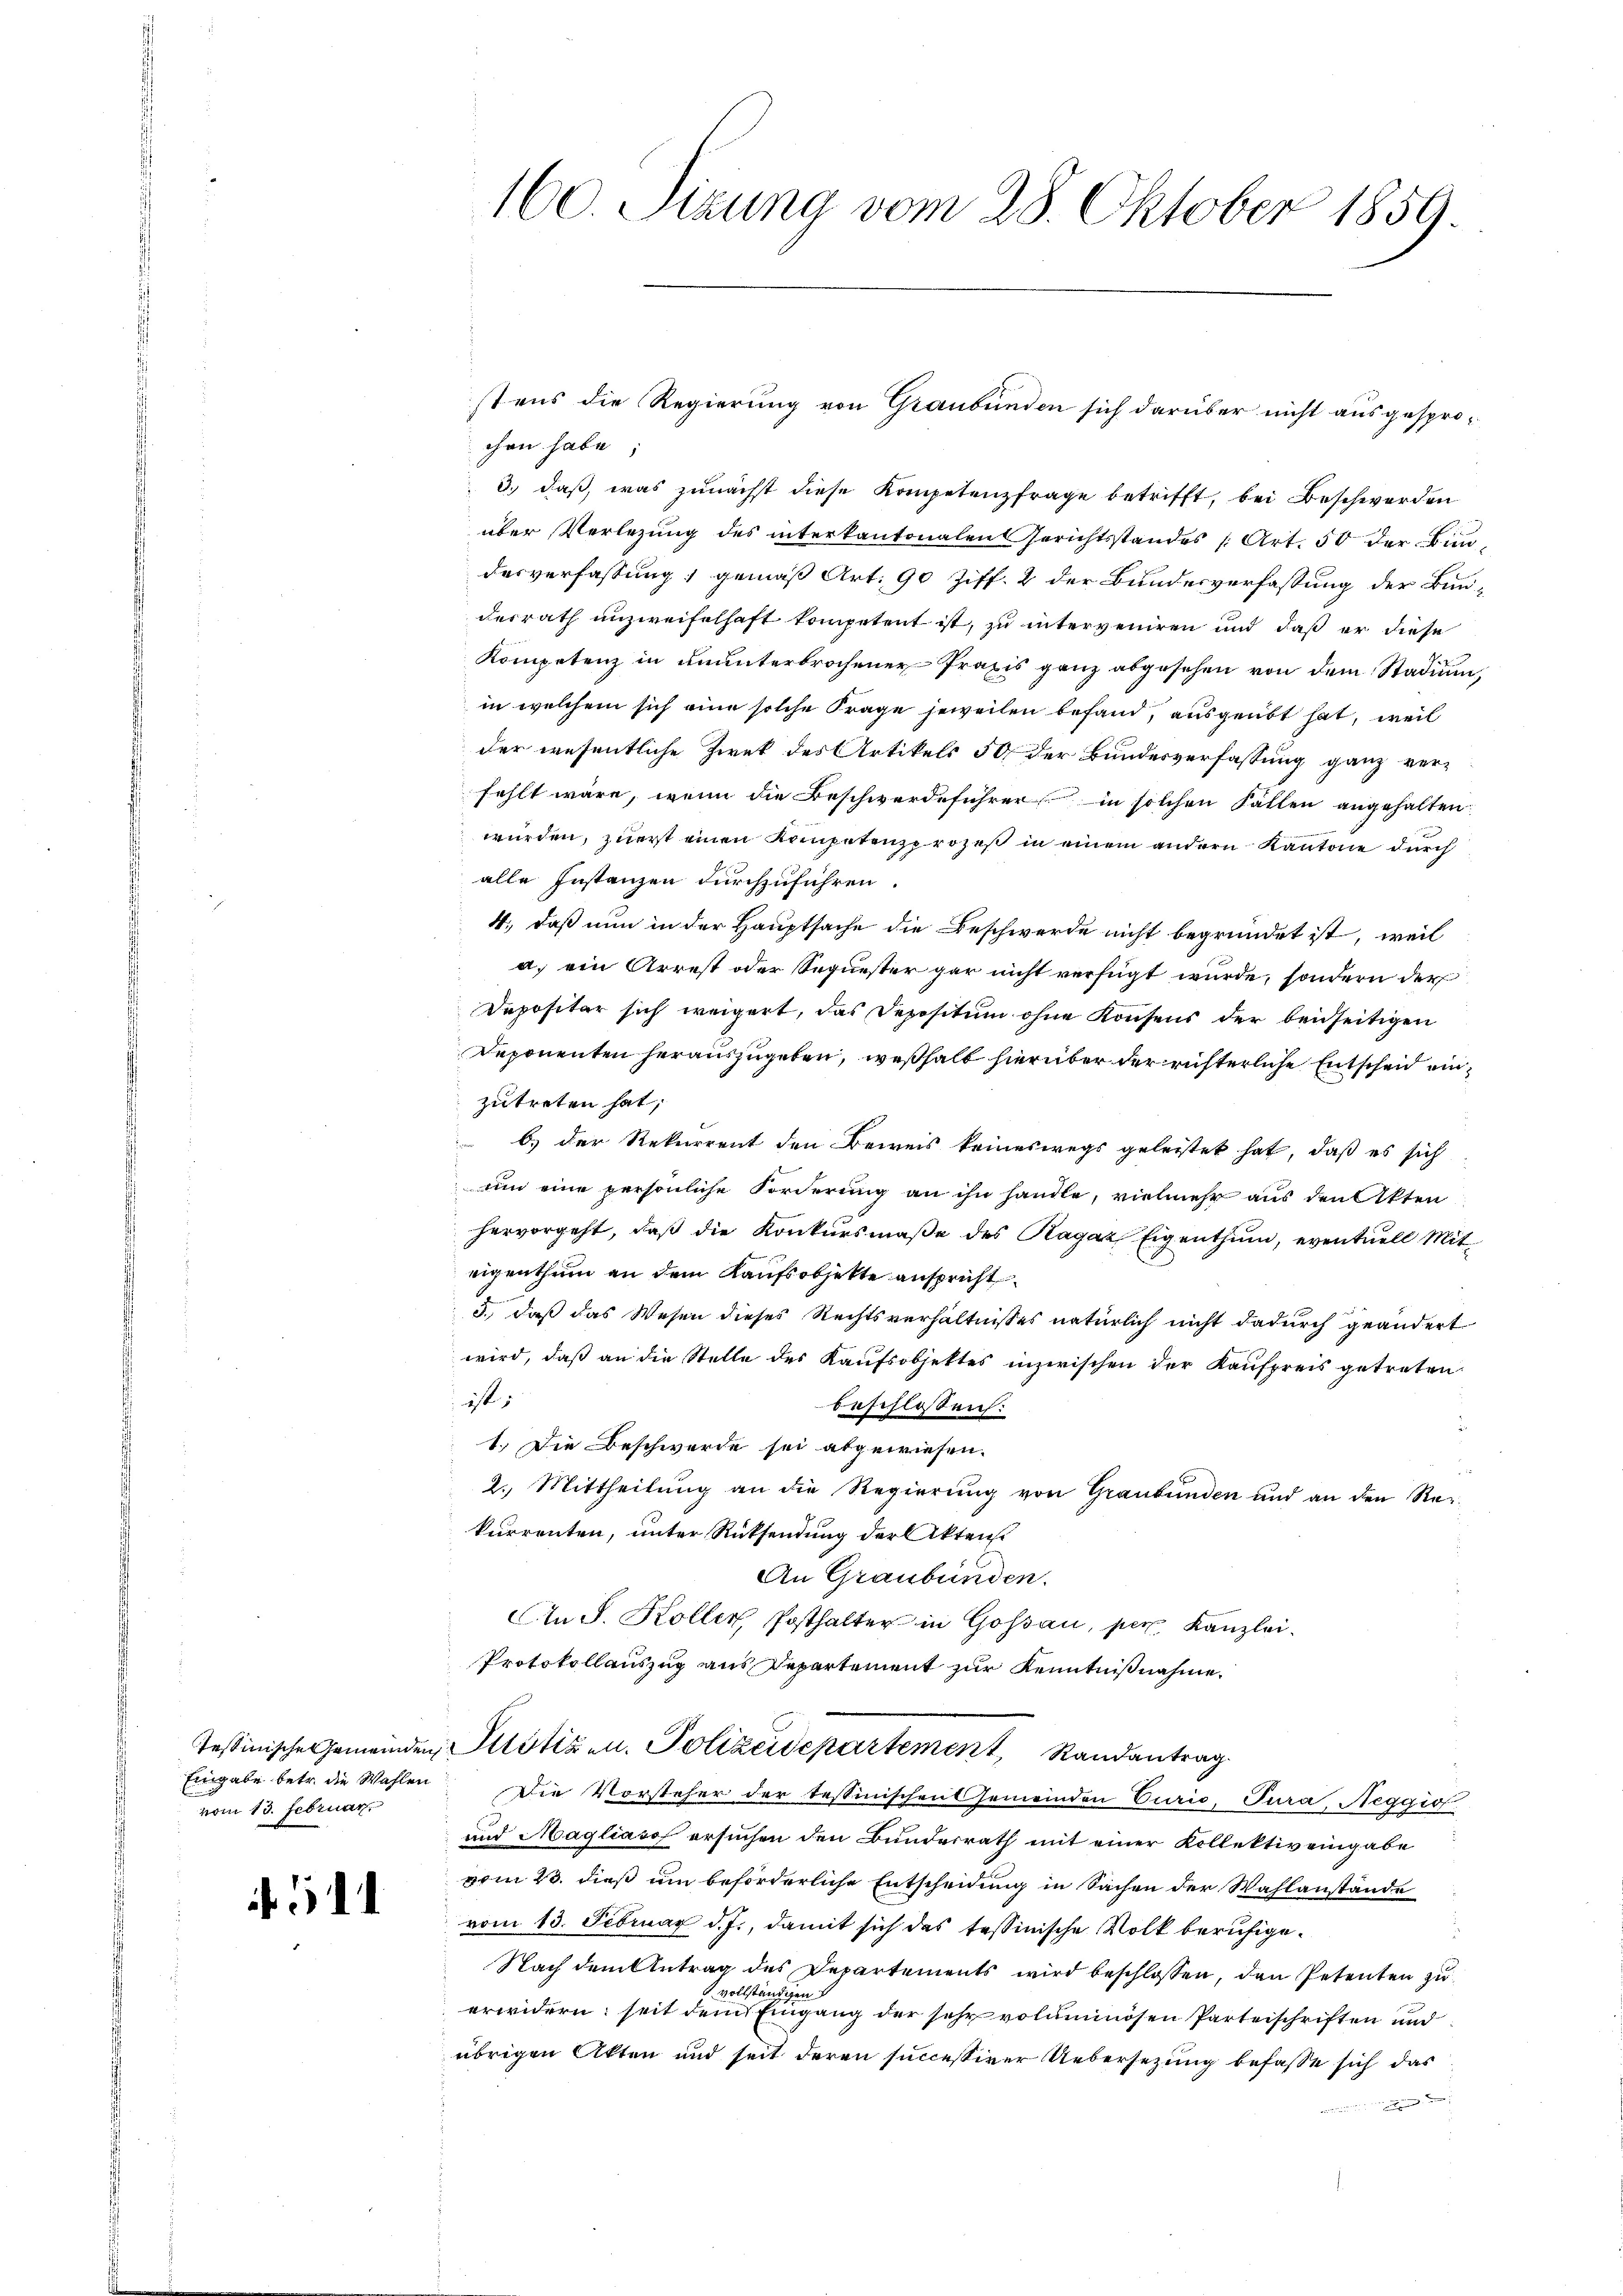
Eingabe betr. die Wahlen
vom 13. Februar

1

chen habe;
3.) daß, was zunächst diese Kompetenzfrage betrifft, bei Beschwerden
über Verlegung des interkantonalen Gerichtsstandes (Art. 50 der Bundesverfassung gemäß Art. 90 Ziff. 2 der Bundesverfassung der Bundesrath unzweifelhaft kompetent ist, zu interveniren und daß er diese
Kompetenz in ununterbrochener Praxis ganz abgesehen von dem Stadium,
in welchem sich eine solche Frage jeweilen befand, ausgeübt hat, weil
der wesentliche Zwek des Artikels 50 der Bundesverfassung ganz ver-
fehlt wäre, wenn die Beschwerdeführer in solchen Fällen angehalten
würden, zuerst einen Kompetenzprozeß in einem andern Kantone durch
alle Instanzen durchzuführen.
4., daß nun in der Hauptsache die Beschwerde nicht begründet ist, weil
a) ein Arrest oder Sequester gar nicht verfügt wurde, sondern der
Depositar sich weigert, das Depositum ohne Konsens der beidseitigen
Deponenten herauszugeben, weßhalb hierüber der richterliche Entscheid einzutreten hat;
 b.) der Rekurrent den Beweis keineswegs geleistet hat, daß es sich
um eine persönliche Forderung an ihn handle, vielmehr aus denkten
hervorgeht, daß die Konkursmaße des Ragaz Eigenthum, eventuell Mit-
eigenthum an dem Kaufsobjekte anspricht
3., daß das Wesen dieses Rechtsverhältnisses natürlich nicht dadurch geändert
wird, daß an die Stelle des Kaufsobjektes inzwischen der Kaufpreis getreten
ist:
beschlossen:
1.) Die Beschwerde sei abgewiesen.
2. Mittheilŭng an die Regierŭng von Graubünden und an den Rekurrenten, unter Rücksendung der Aktenst
An Graubünden.
An J. Koller, Posthalter in Gossau, per Kanzlei.
Protokollauszug aus Departement zur Kenntnißnahme.
Tessinische Gemeinden Plötizen. Polizeidepartement, Randantrag
Die Vorsteher der tessinischen Gemeinden Curio, Tura, Neggio
und Magliaso ersuchen den Bunderrath mit einer Kollektiv eingabe
vom 23. dieß um beförderliche Entscheidung in Sachen der Wahlanstände
vom 13. Februar d. J., damit sich das tessinische Volk beruhige¬
Nach dem Antrag des Departements wird beschlossen, den Petenten zu
vollständigen
erwidern; seit dem Eingang der sehr voluminösen Parteischriften und
übrigen Akten und seit deren successiver Uebersetzung befasse sich das

160. Sizung vom 28. Oktober 1859.

stens die Regierung von Graubünden sich darüber nicht ausgespro¬